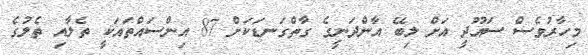
މިހާރުވެސް ސައޫދީ އަށް ލިބޭ އާންދަނީގެ ގާތްގަނޑަކަށް 87 އިންސައްތައަކީ ތެލާއި ތެލުގެ